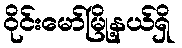
ဝိုင်းမော်မြို့နယ်ရှိ